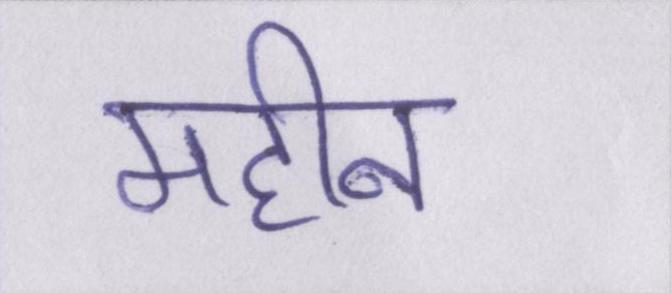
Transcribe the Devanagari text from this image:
महीन